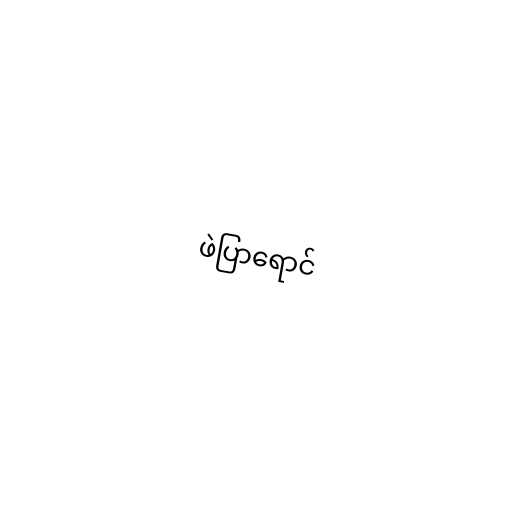
ဖဲပြာရောင်